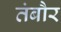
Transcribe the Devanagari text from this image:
तंबौर